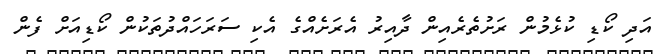
އަދި ކޯޑި ކުޅެމުން ރަށުތެރެއިން ދާއިރު އެރަށެއްގެ އެކި ސަރަހައްދުތަކުން ކޯޑިއަށް ފެން